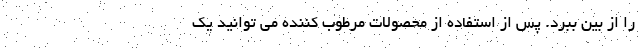
را از بین ببرد. پس از استفاده از محصولات مرطوب کننده می توانید یک